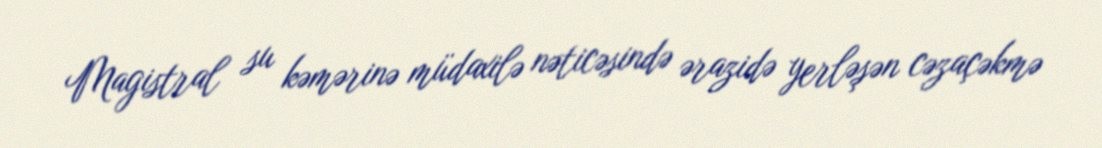
Magistral su kəmərinə müdaxilə nəticəsində ərazidə yerləşən cəzaçəkmə